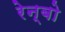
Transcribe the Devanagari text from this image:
रेन्‍बो